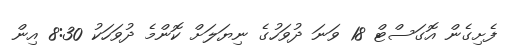
ފެށިގެން އޮގަސްޓް 18 ވަނަ ދުވަހުގެ ނިޔަލަށް ކޮންމެ ދުވަހަކު 8:30 އިން